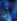
أن